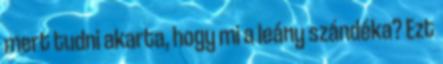
mert tudni akarta, hogy mi a leány szándéka? Ezt